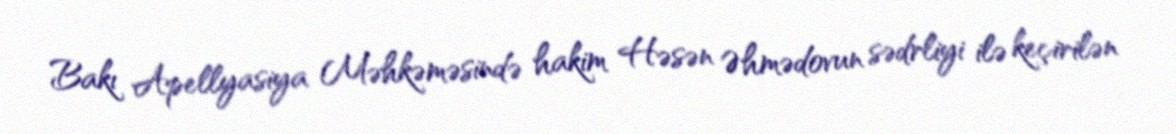
Bakı Apellyasiya Məhkəməsində hakim Həsən Əhmədovun sədrliyi ilə keçirilən